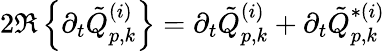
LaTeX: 2\Re\left\{ \partial_{t}\tilde{Q}_{p,k}^{(i)}\right\} =\partial_{t}\tilde{Q}_{p,k}^{(i)}+\partial_{t}\tilde{Q}_{p,k}^{*(i)}